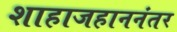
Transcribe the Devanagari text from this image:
शाहाजहाननंतर